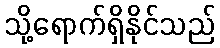
သို့ရောက်ရှိနိုင်သည်